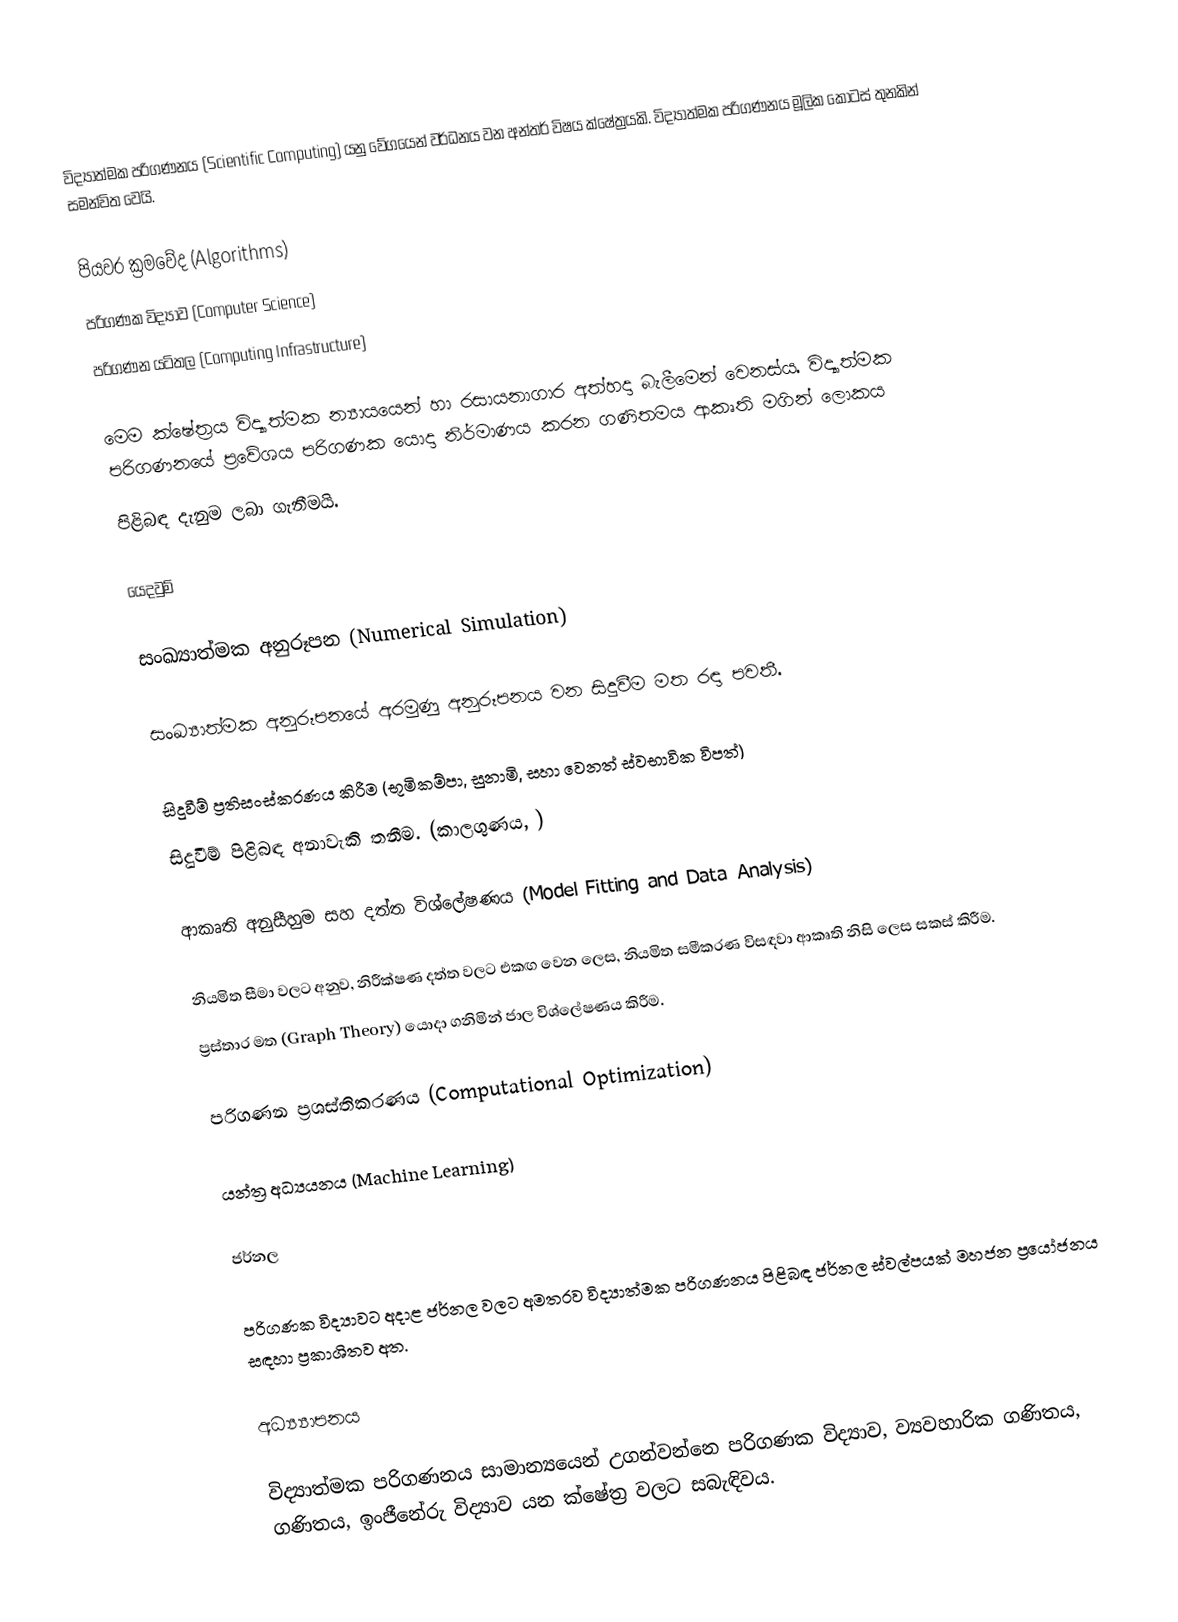
විද්‍යාත්මක පරිගණනය (Scientific Computing) යනු වේගයෙන් වර්ධනය වන අන්තර් විෂය ක්ෂේත්‍රයකි. විද්‍යාත්මක පරිගණනය මූලික කොටස් තුනකින් සමන්විත වෙයි.

 පියවර ක්‍රම‍වේද (Algorithms)
 පරිගණක විද්‍යාව (Computer Science)
 පරිගණන යටිතල (Computing Infrastructure)

මෙම ක්ෂේත්‍රය විද්‍යාත්මක න්‍යායයෙන් හා රසායනාගාර අත්හදා බැලීමෙන් වෙනස්ය. විද්‍යාත්මක පරිගණනයේ ප්‍රවේශය පරිගණක යොදා නිර්මාණය කරන ගණිතමය ආකෘති මගින් ලොකය
පිළිබඳ දැනුම ලබා ගැනීමයි.

යෙදවුම්

සංඛ්‍යාත්මක අනුරූපන (Numerical Simulation)

සංඛ්‍යාත්මක අනුරූපනයේ අරමුණු අනුරූපනය වන සිදුවීම මත රඳා පවතී.

 සිදුවීම් ප්‍රතිසංස්කරණය කිරීම (භූමිකම්පා, සුනාමි, සහා වෙනත් ස්වභාවික විපත්)
 සිදුවීම් පිළිබඳ අනාවැකි තනීම. (කාලගුණය, )

ආකෘති අනුසීහුම සහ දත්ත විශ්ලේෂණය (Model Fitting and Data Analysis)

 නියමිත සීමා වලට අනුව, නිරීක්ෂණ දත්ත වලට 	එකඟ වෙන ලෙස, නියමිත සමීකරණ විසඳවා ආකෘති නිසි ලෙස සකස් කිරීම.
 ප්‍රස්තාර මත (Graph Theory) යොදා ගනිමින් ජාල විශ්ලේෂණය කිරීම.

පරිගණන ප්‍රශස්තිකරණය (Computational Optimization)

 යන්ත්‍ර අධ්‍යයනය (Machine Learning)

ජර්නල

පරිගණක විද්‍යාවට අදාළ ජර්නල වලට අමතරව විද්‍යාත්මක පරිගණනය පිළිබඳ ජර්නල ස්වල්පයක් මහජන ප්‍රයෝජනය සඳහා ප්‍රකාශිතව අත.

අධ්‍ය්‍යාපනය

විද්‍යාත්මක පරිගණනය සාමාන්‍යයෙන් උගන්වන්නෙ පරිගණක විද්‍යාව, ව්‍යවහාරික ගණිතය, ගණිතය, ඉංජීනේරු විද්‍යාව යන ක්ෂේත්‍ර වලට සබැඳිවය.